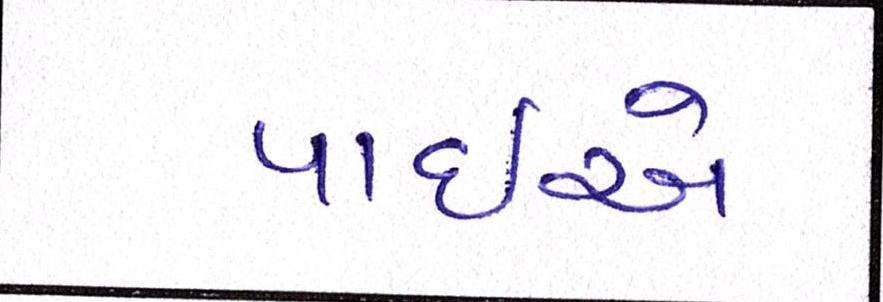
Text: પાઈએ